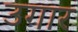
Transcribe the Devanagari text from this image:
उगार